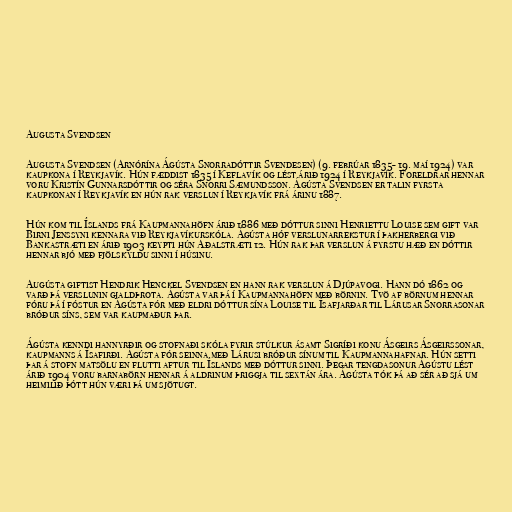
Augusta Svendsen

Augusta Svendsen (Arnórína Ágústa Snorradóttir Svendesen) (9. febrúar 1835- 19. maí 1924) var
kaupkona í Reykjavík. Hún fæddist 1835 í Keflavík og lést árið 1924 í Reykjavík. Foreldrar hennar
voru Kristín Gunnarsdóttir og séra Snorri Sæmundsson. Ágústa Svendsen er talin fyrsta
kaupkonan í Reykjavík en hún rak verslun í Reykjavík frá árinu 1887.

Hún kom til Íslands frá Kaupmannahöfn árið 1886 með dóttur sinni Henriettu Louise sem gift var
Birni Jenssyni kennara við Reykjavíkurskóla. Ágústa hóf verslunarrekstur í þakherbergi við
Bankastræti en árið 1903 keypti hún Aðalstræti 12. Hún rak þar verslun á fyrstu hæð en dóttir
hennar bjó með fjölskyldu sinni í húsinu.

Augústa giftist Hendrik Henckel Svendsen en hann rak verslun á Djúpavogi. Hann dó 1862 og
varð þá verslunin gjaldþrota. Ágústa var þá í Kaupmannahöfn með börnin. Tvö af börnum hennar
fóru þá í fóstur en Ágústa fór með eldri dóttur sína Louise til Ísafjarðar til Lárusar Snorrasonar
bróður síns, sem var kaupmaður þar.

Ágústa kenndi hannyrðir og stofnaði skóla fyrir stúlkur ásamt Sigríði konu Ásgeirs Ásgeirssonar,
kaupmanns á Ísafirði. Ágústa fór seinna með Lárusi bróður sínum til Kaupmannahafnar. Hún setti
þar á stofn matsölu en flutti aftur til Íslands með dóttur sinni. Þegar tengdasonur Ágústu lést
árið 1904 voru barnabörn hennar á aldrinum þriggja til sextán ára. Ágústa tók þá að sér að sjá um
heimilið þótt hún væri þá um sjötugt.